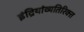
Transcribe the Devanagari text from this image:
इंद्रियांव्यतिरिक्त